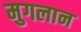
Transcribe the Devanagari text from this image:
मुगलान